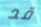
قد